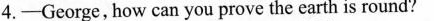
4.-George, how can you prove the earth is round?